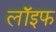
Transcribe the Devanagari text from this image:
लॉइफ